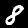
Digit: 8